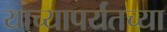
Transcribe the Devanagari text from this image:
याच्यापर्यंतच्या